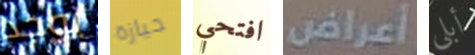
يوجد حيازة افتحي أعراض أبلى